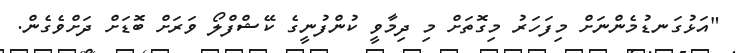
"އަޅުގަނޑުމެންނަށް މިފަހަރު މިގޮތަށް މި ދިމާވީ ކުންފުނީގެ ކޭޝްފްލޯ ވަރަށް ބޮޑަށް ދަށްވެގެން.